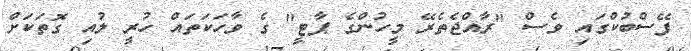
ފޭސްބުކްގައި ވެސް "ރާއްޖެތެރޭ މީހުންގެ ޕާޓީ" ގެ ވާހަކަތައް ހުރީ ލުއި ގޮތަކަށް